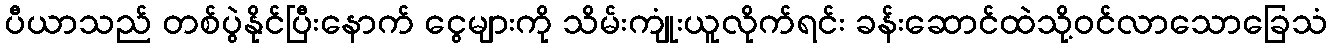
ပီယာသည် တစ်ပွဲနိုင်ပြီးနောက် ငွေများကို သိမ်းကျုံးယူလိုက်ရင်း ခန်းဆောင်ထဲသို့ဝင်လာသောခြေသံ